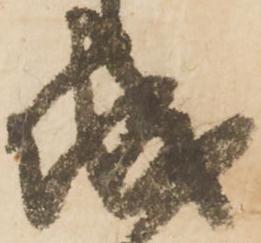
城